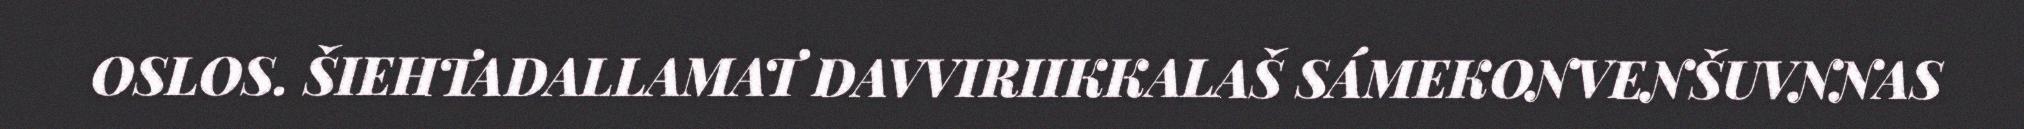
OSLOS. ŠIEHTADALLAMAT DAVVIRIIKKALAŠ SÁMEKONVENŠUVNNAS